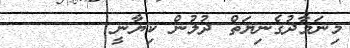
މިނަމާދުގެނިޔަތް ދުލުން ކިޔާނީ